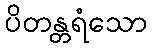
ပိတန္တရံသော